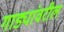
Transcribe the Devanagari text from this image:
गाड्यांवरील